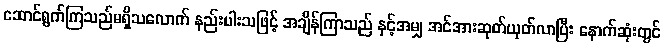
ဆောင်ရွက်ကြသည်မရှိသလောက် နည်းပါးသဖြင့် အချိန်ကြာသည် နှင့်အမျှ အင်အားဆုတ်ယုတ်လာပြီး နောက်ဆုံးတွင်